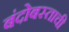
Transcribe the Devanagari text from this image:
बंदोबस्ताची